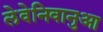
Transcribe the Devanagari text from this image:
लेवेनिवानुआ